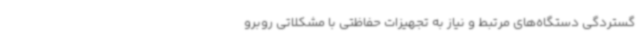
گستردگی دستگاه‌های مرتبط و نیاز به تجهیزات حفاظتی با مشکلاتی روبرو